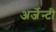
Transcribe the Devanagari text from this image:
अर्जेन्टी